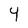
Character: 4